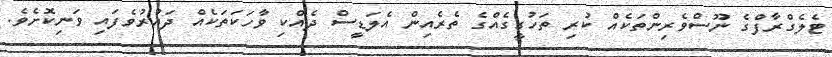
ޓެލެގްރާފްގެ ނޫސްވެރިންތަކެއް ކުރި ތަހުގީގެއްގެ ތެރެއިން އެލަޑީސް ދެއްކި ވާހަކަތަކެއް ދައުރުވެފައި ވަނިކޮށެވެ.